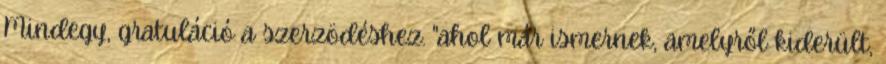
Mindegy, gratuláció a szerzödéshez. "ahol már ismernek, amelyről kiderült,